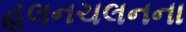
હલનચલનના